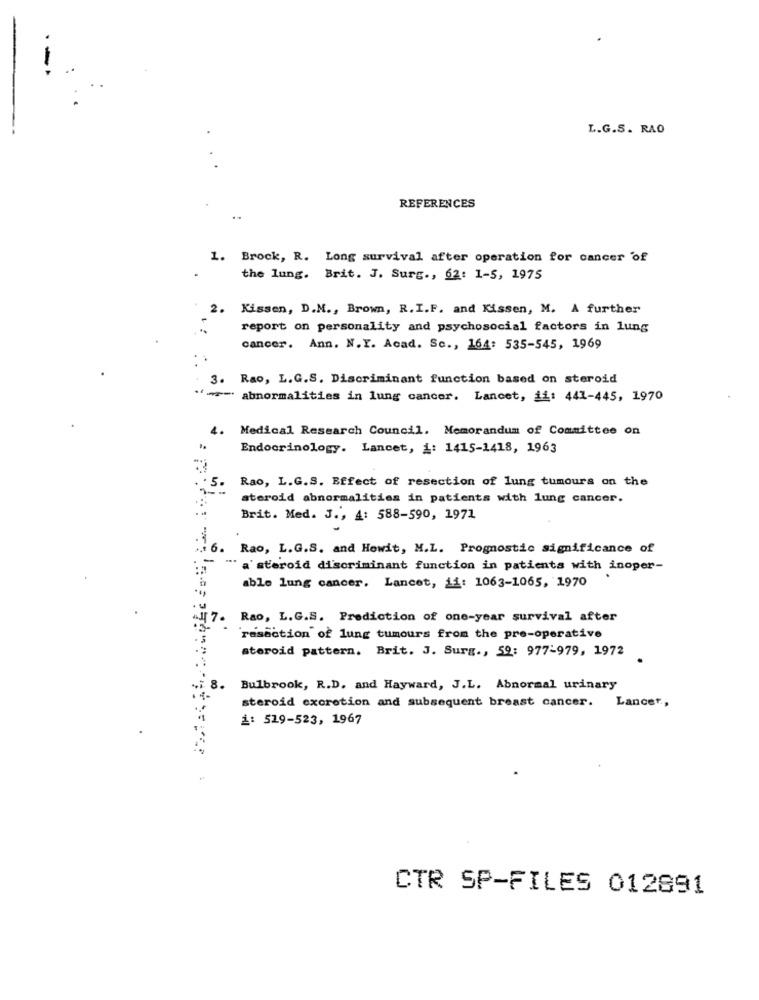
-
L.G.S. RAO
REFERENCES
1. Brock, R. Long survival after operation for cancer "of
the lung. Brit. J. Surg ., 62: 1-5, 1975
2.
Kissen, D.M ., Brown, R. I.F. and Kissen, M. A further
report on personality and psychosocial factors in lung
cancer. Ann. N.Y. Acad. Sc ., 164: 535-545, 1969
3. Rao, L.G.S. Discriminant function based on steroid
"> abnormalities in lung cancer. Lancet, ii: 441-445, 1970
4.
Medical Research Council. Memorandum of Committee on
Endocrinology. Lancet, i: 1415-1418, 1963
Rao, L.G.S. Effect of resection of lung tumours on the
steroid abnormalities in patients with lung cancer.
Brit. Med. J ., 4: 588-590, 1971
Rao, L.G.S. and Hewit, M.L. Prognostic significance of
a'steroid discriminant function in patients with inoper-
able lung cancer. Lancet, ii: 1063-1065, 1970
Rao, L.G.S. Prediction of one-year survival after
resection of lung tumours from the pre-operative
steroid pattern. Brit. J. Surg ., 59: 977-979, 1972
8.
Bulbrook, R.D. and Hayward, J.L. Abnormal urinary
steroid excretion and subsequent breast cancer.
Lancer,
1: 519-523, 1967
CTR SP-FILES 012891